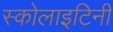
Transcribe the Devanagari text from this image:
स्कोलाइटिनी